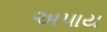
અપાય